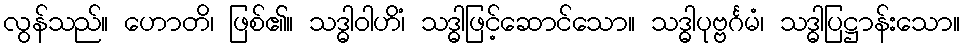
လွန်သည်။ ဟောတိ၊ ဖြစ်၏။ သဒ္ဓါဝါဟိံ၊ သဒ္ဓါဖြင့်ဆောင်သော။ သဒ္ဓါပုဗ္ဗင်္ဂမံ၊ သဒ္ဓါပြဋ္ဌာန်းသော။